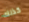
كذلك